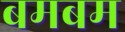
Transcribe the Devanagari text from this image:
बमबम